Problem: 2 × 5 = ?
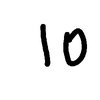
Handwritten answer: 10